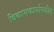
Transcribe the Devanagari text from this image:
विकासकार्यामधील